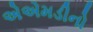
એએમડીનો